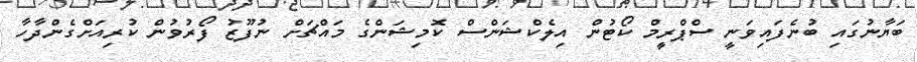
ބަޔާނުގައި ބުނެފައިވަނީ ސްޕްރީމް ކޯޓުން އިލެކްޝަންސް ކޮމިޝަންގެ މައްޗަށް ނުފޫޒު ފޯރުވުން ކުރިއަށްގެންދާހާ